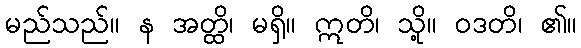
မည်သည်။ န အတ္ထိ၊ မရှိ။ ဣတိ၊ သို့။ ဝဒတိ၊ ၏။